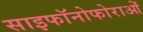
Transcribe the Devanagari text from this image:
साइफॉनोफोराओं